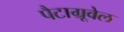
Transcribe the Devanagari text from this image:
पैटाग्रूवेल